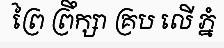
ព្រៃ ព្រឹក្សា គ្រប លើ ភ្នំ